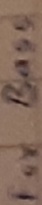
Text: For Bass